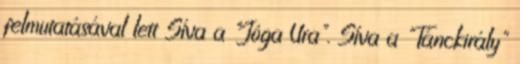
felmutatásával lett Síva a "Jóga Ura". Síva a "Tánckirály"